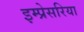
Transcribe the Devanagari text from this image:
इम्प्रेसरिया